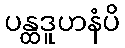
ပန္ထဒူဟနံပိ